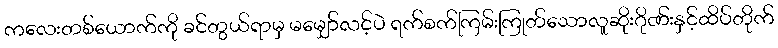
ကလေးတစ်ယောက်ကို ခင်တွယ်ရာမှ မမျှော်လင့်ပဲ ရက်စက်ကြမ်းကြုတ်သောလူဆိုးဂိုဏ်းနှင့်ထိပ်တိုက်